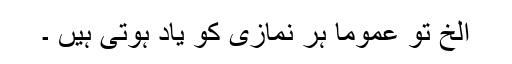
الخ تو عموماً ہر نمازی کو یاد ہوتی ہیں ۔